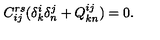
C _ { i j } ^ { r s } ( \delta _ { k } ^ { i } \delta _ { n } ^ { j } + Q _ { k n } ^ { i j } ) = 0 .